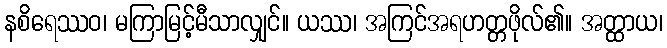
နစိရေဿဝ၊ မကြာမြင့်မီသာလျှင်။ ယဿ၊ အကြင်အရဟတ္တဖိုလ်၏။ အတ္ထာယ၊